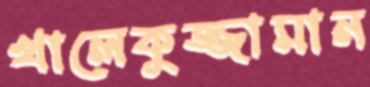
খালেকুজ্জামান